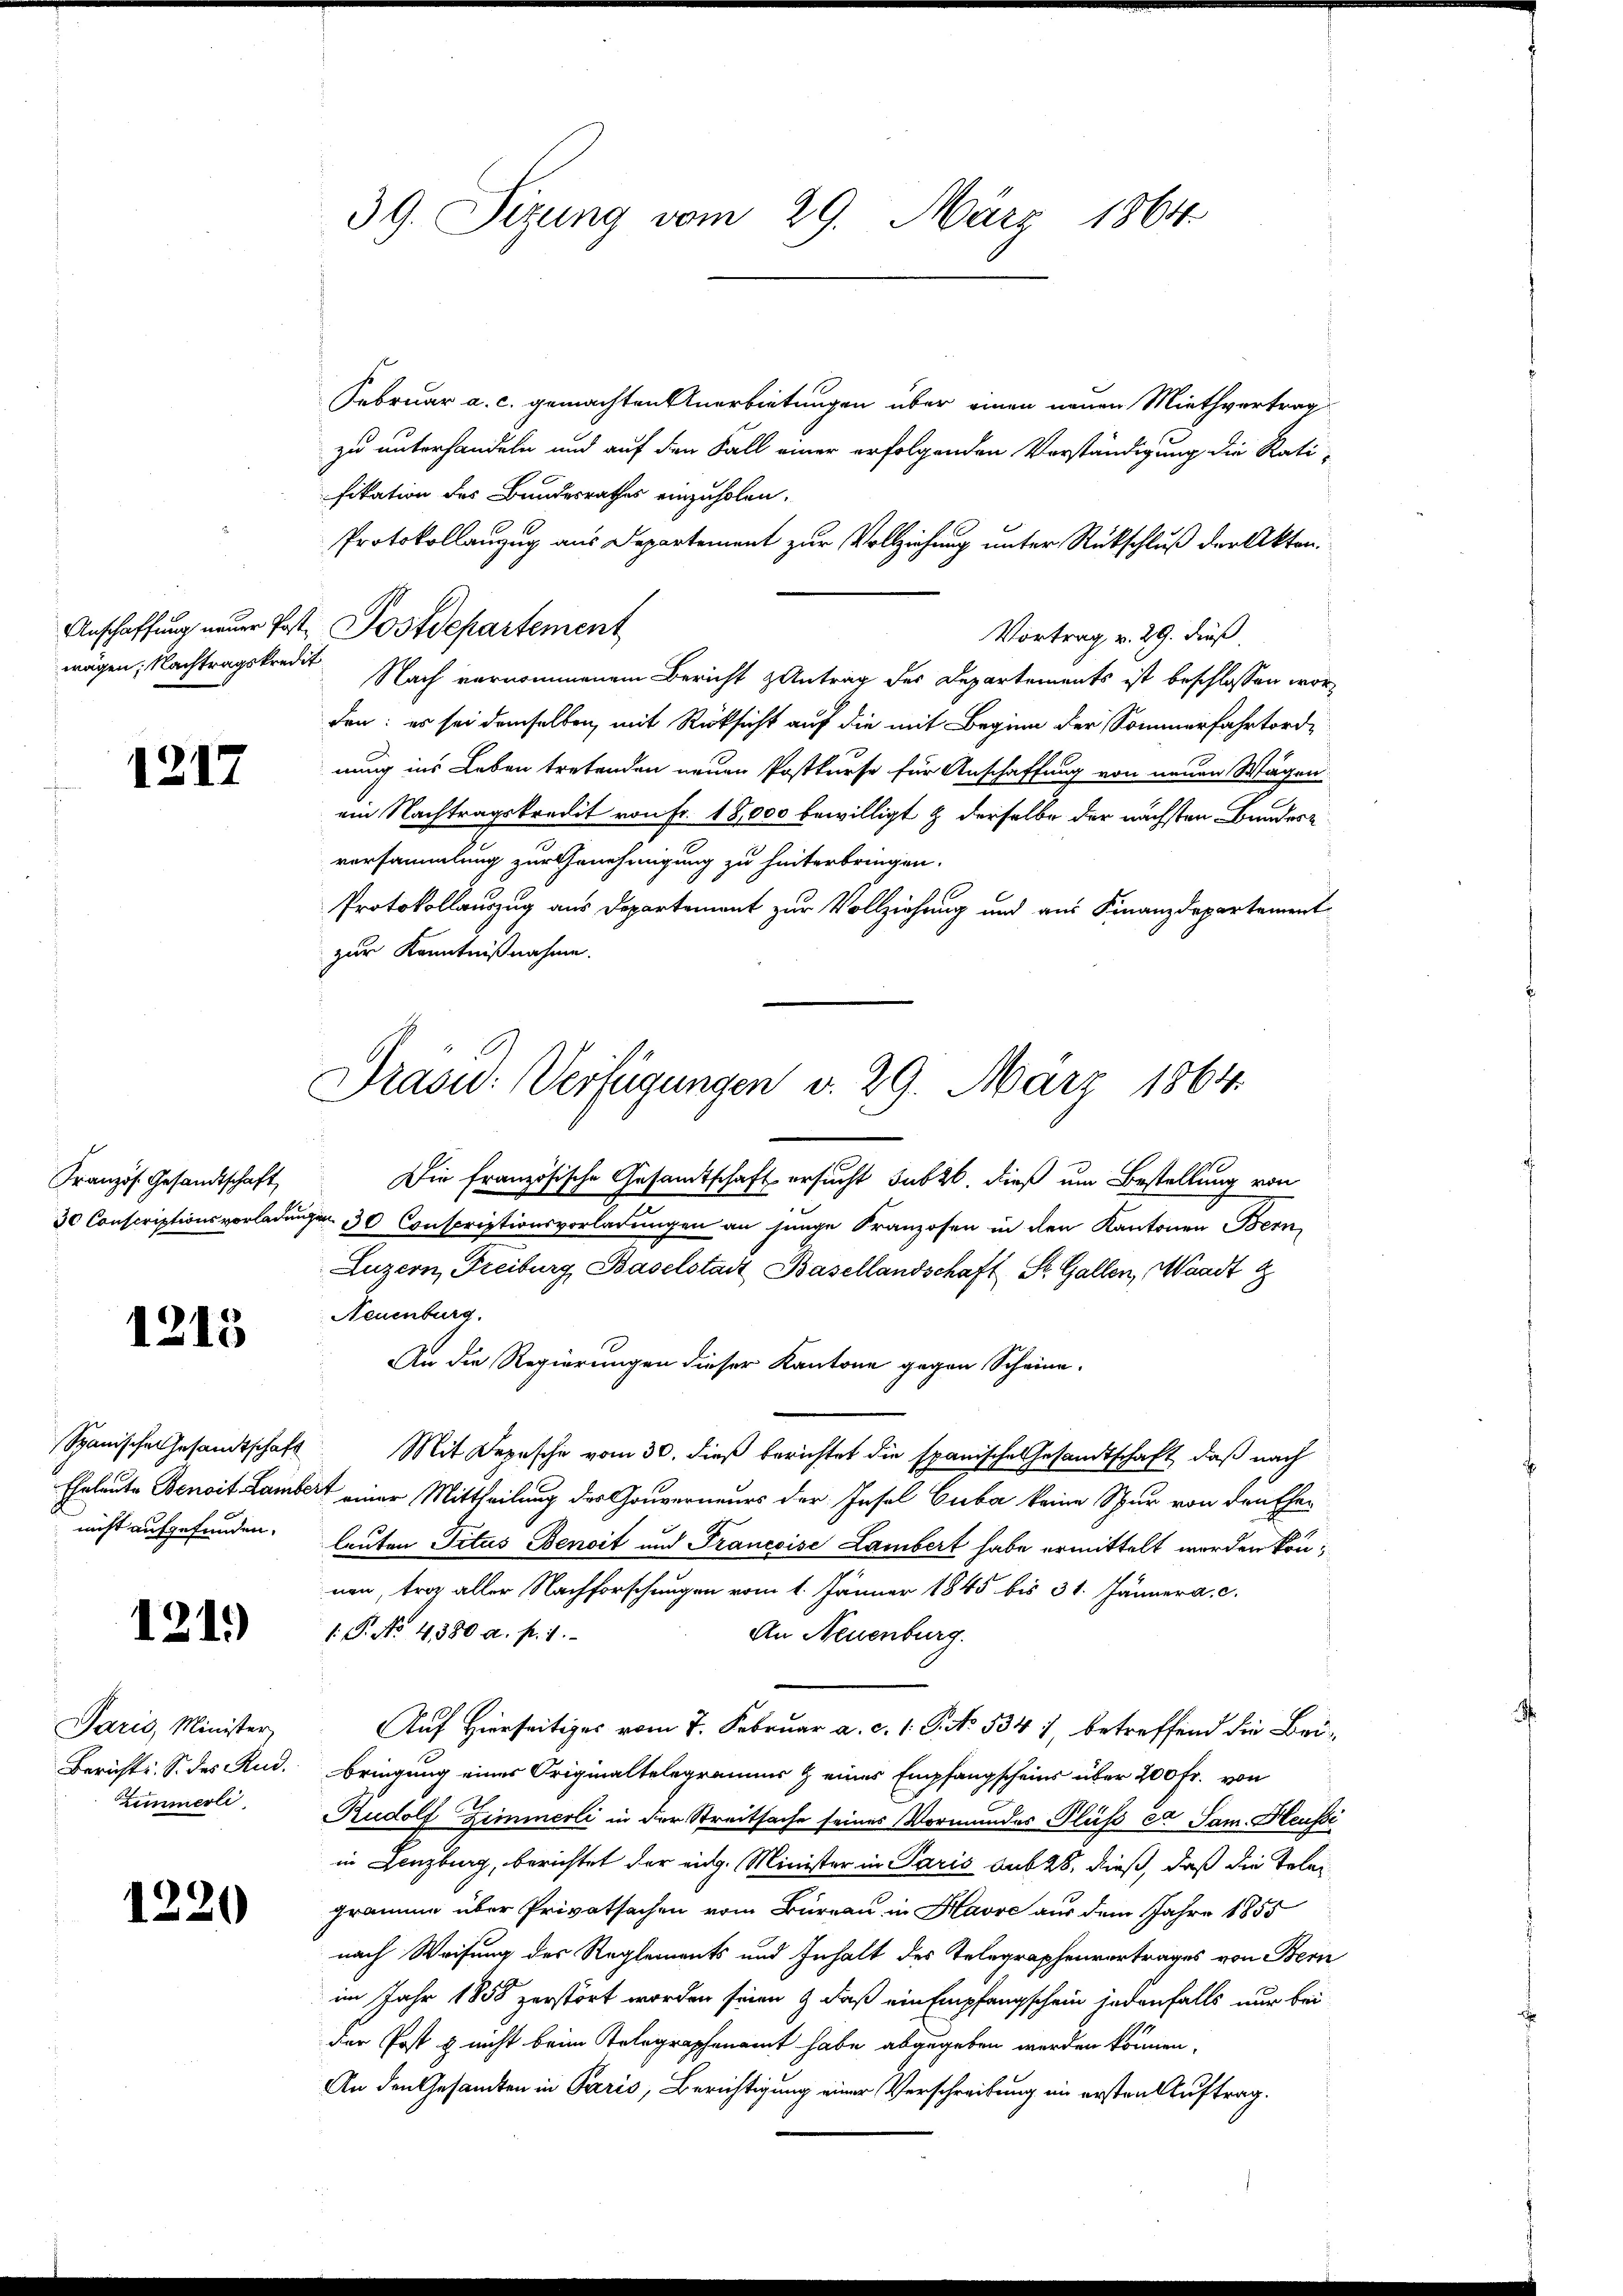
wägen; Nachtragskredit

1217

Februar a. c. gemachten Anerbietungen über einen neuen Miethvertrag
zu unterhandeln und auf den Fall einer erfolgenden Vorständigung die Rati-
fikation des Bundesrathes einzuholen.
Protokollanzug aus Departement zur Vollziehung unter Rückschluß der Akten.
Anschaffung neuer Post. Postdepartement
Vortrag v. 29. dieß
Nach vernommenem Bericht antrag des Departements ist beschlossen worden: es sei demselben, mit Rücksicht auf die mit Beginn der Sommerfahrtordnung ins Leben tretenden neuen Postkurse für Anschaffung von neuen Wagen
ein Nachtragskredit von Fr. 18,000 bewilligt & derselbe der nächsten Bundesversammlung zur Genehmigung zu hinterbringen.
Protokollauszug aus Departement zur Vollziehung und aus Finanzdepartement
zur Kenntnißnahme.

Französ. Gesandtschaft

1215

121.)

Paris, Minister
Zimmerli

1220

Die französische Gesamtschaft ersucht subt, dieß um Bestellung von
30 Conscriptionsvorladungen 30 Conscriptionsvorladungen an junge Franzosen in den Kantonen Bern,
Luzern, Freiburg Baselstadt Basellandschaft St. Gallen, Waadt g
Neuenburg
An die Regierungen dieser Kantone gegen Scheine.
Spanische Gesandtschaft Mit Depesche vom 30. dieß berichtet die spanische Gesandtschaft, daß nach
Eheleute Benoit Lambert einer Mittheilung des Gouverneurs der Insel Cuba keine Spur von den Eher
nicht aufgefunden. Leuten Titus Benoit und Francoise Lambert habe ermittelt worden können, trag aller Nachforschungen vom 1. Jänner 1845 bis 31. Jänner a. c.
: P. No. 4380 a. p. 1.
An Neuenburg.
Auf Hierseitiges vom 7. Februar a. c. 1. P. No. 534), betreffend die Bei¬
Bericht. S. des Rud. bringung eines Originaltelegramms & eines Empfangscheins über 200 Fr. von
Rudolf Zimmerli in der Streitsache seines Vormundes Fluß et Sam. Heussi
in Lenzburg, berichtet der eidg. Minister in Paris sub 28, dieß, daß die Telegramme über Privatsachen vom Bureau in Havre aus dem Jahre 1855
nach Weisung des Reglements und Inhalt des Telegraphenvertrages von Bern
im Jahr 1858 zerstört worden seien & daß ein Empfangschein jedenfalls nur bei
der Post & nicht beim Telegraphenamt habe abgegeben werden können.
An den Gesandten in Paris, Berichtigung einer Verschreibung im ersten Auftrag.

39. Sizung vom 29. März 1864

Präsid. Verfügungen v. 29. März 1864.